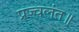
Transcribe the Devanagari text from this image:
प्रज्वलंत॥